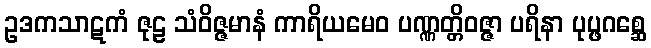
ဥဒကသာဋကံ ဇုဠ သံဝိဇ္ဇမာနံ ကာရိယမေဝ ပဏ္ဏတ္တိဝဇ္ဇာ ပရိနာ ပုပ္ဖဂစ္ဆေ